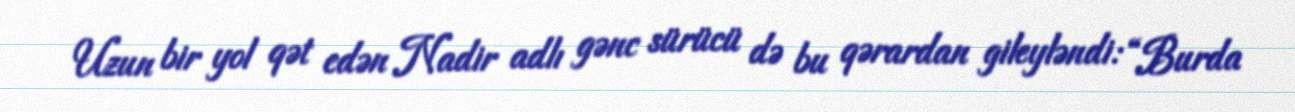
Uzun bir yol qət edən Nadir adlı gənc sürücü də bu qərardan gileyləndi: “Burda